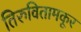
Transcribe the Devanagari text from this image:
तिरुवितामकूर